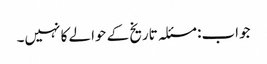
جواب: مسئلہ تاریخ کے حوالے کا نہیں۔